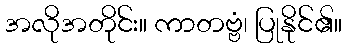
အလိုအတိုင်း။ ကာတဗ္ဗံ၊ ပြုနိုင်၏။